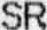
SR